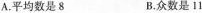
A.平均数是8 B.众数是11